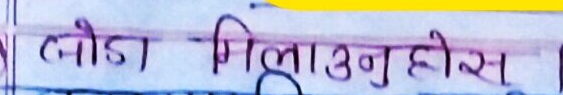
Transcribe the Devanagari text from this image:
ल्लोडा - मिलाउनुहोस्